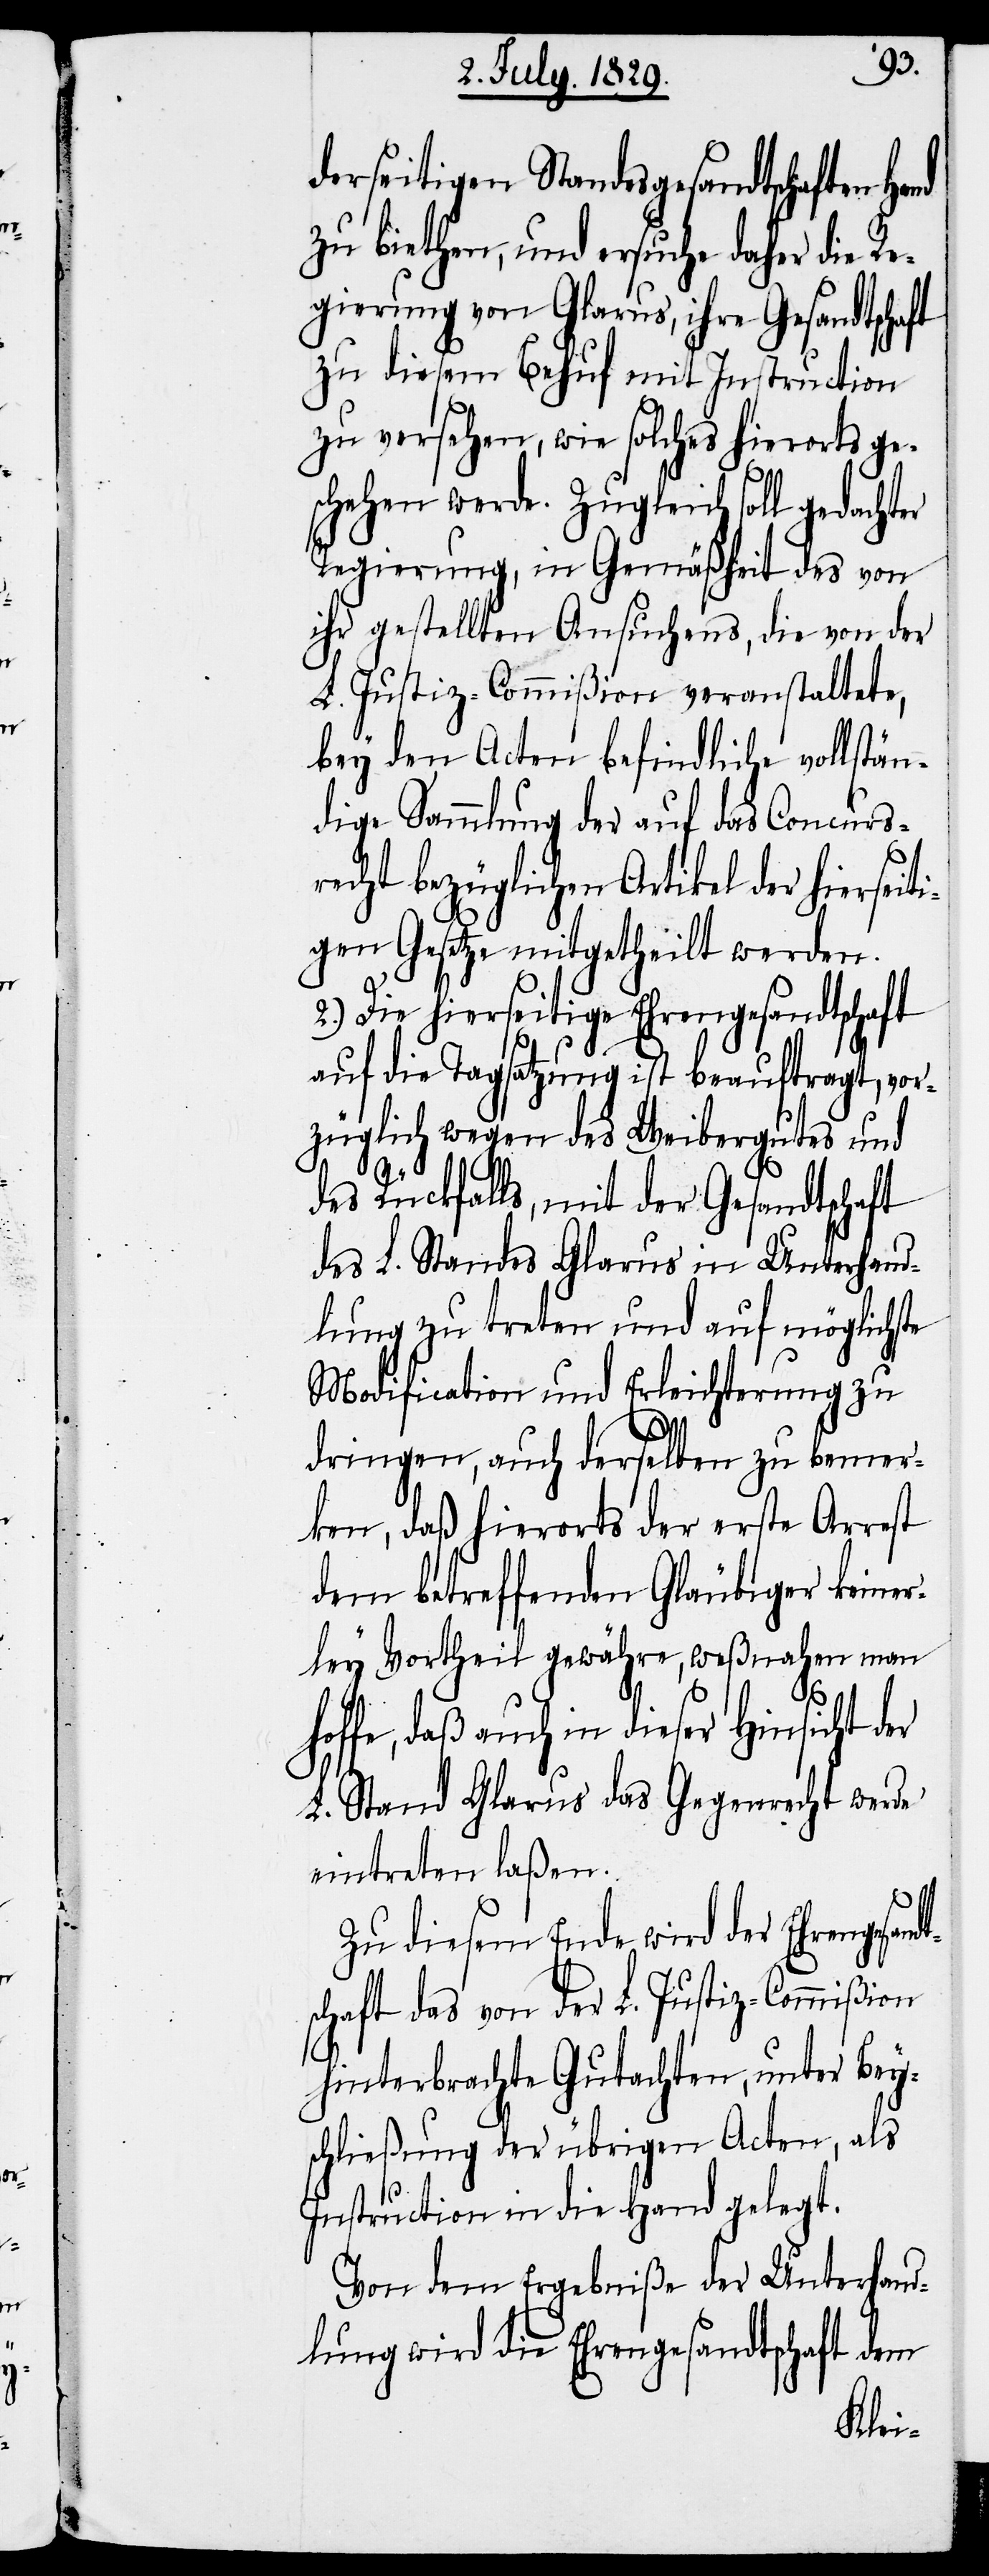
dt¬
derseitigen Standesgesandtschaften
zu biethen, und ersuche daher die Re¬
gierung von Glarus, ihre Gesandtschaft
zu diesem Behuf mit Instruction
zu versehen, wie solches hierorts ge¬
schehen werde. Zugleich soll gedachter
Regierung, in Gemäßheit des von
ihr gestellten Ansuchens, die von der
L. Justiz-Commißion veranstaltete,
bey den Acten befindliche vollstän¬
dige Sammlung der auf das Concurs¬
recht bezüglichen Artikel der hiersei¬
gen Gesetze mitgetheilt werden.
2.) Die hierseitige Ehrengesandtschaft
auf die Tagsatzung ist beauftragt, vor¬
züglich wegen des Weibergutes und
des Rückfalls, mit der Gesandtschaft
des L. Standes Glarus in Unterhand¬
lung zu treten und auf möglichste
Modification und Erleichterung zu
dringen, auch derselben zu bemer¬
ken, daß hierorts der erste Arrest
dem betreffenden Gläubiger keiner¬
ley Vortheil gewähre, weßnahen man
hoffe, daß auch in dieser Hinsicht der
L. Stand Glarus das Gegenrecht werde
eintreten laßen.
Zu diesem Ende wird der Ehrengesan¬
schaft das von der L. Justiz-Commißion
hinterbrachte Gutachten, unter Bey¬
schließung der übrigen Acten, als
Instruction in die Hand gelegt.
Von dem Ergebniße der Unterhand¬
lungen wird die Ehrengesandtschaft dem
ti¬